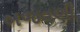
બજવણી